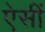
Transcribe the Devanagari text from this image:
ऐसीं